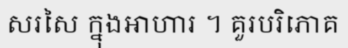
សរសៃ ក្នុងអាហារ ។ គួរបរិភោគ